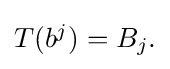
{\textstyle T(b^{j})=B_{j}.}